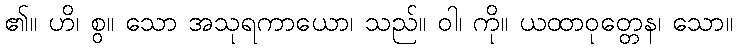
၏။ ဟိ၊ စွ။ သော အသုရကာယော၊ သည်။ ဝါ၊ ကို။ ယထာဝုတ္တေန၊ သော။